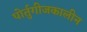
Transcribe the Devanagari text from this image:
पोर्तुगीजकालीन